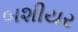
બશીયર